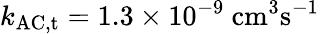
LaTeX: k_{\mathrm{AC,t}}=1.3\times 10^{-9}~\mathrm{cm^{3}s^{-1}}